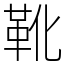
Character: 靴